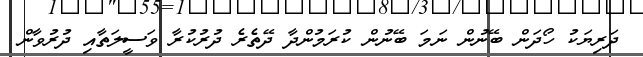
ދަރިޔަކު ހޯދަން ބޭނުން ނަމަ ބޭނުން ކުރަމުންދާ ދޭތެރެ ދުރުކުރާ ވަސީލަތާއި ދުރުވާން